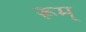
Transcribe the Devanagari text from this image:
रूम्